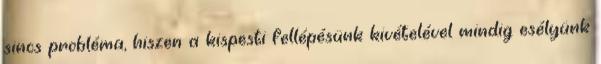
sincs probléma, hiszen a kispesti fellépésünk kivételével mindig esélyünk